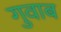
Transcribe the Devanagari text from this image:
गुवाब